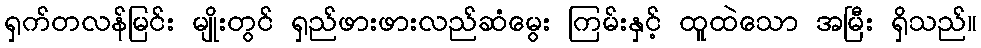
ရှက်တလန်မြင်း မျိုးတွင် ရှည်ဖားဖားလည်ဆံမွေး ကြမ်းနှင့် ထူထဲသော အမြီး ရှိသည်။